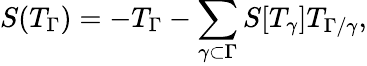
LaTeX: S(T_{\Gamma})=-T_{\Gamma}-\sum_{\gamma\subset\Gamma}S[T_{\gamma}]T_{\Gamma/\gamma},